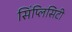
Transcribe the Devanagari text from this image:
सिंप्लिसिटी